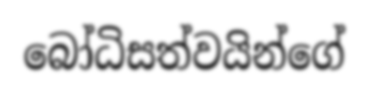
බෝධිසත්වයින්ගේ